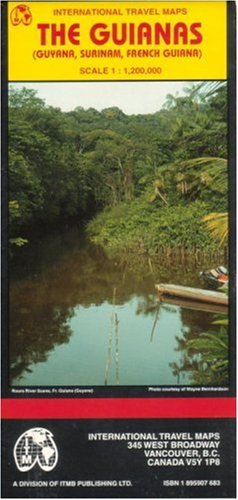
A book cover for The Guianas map (Guyana/ Surinam/French Guiana) (Travel Reference Map); International Travel maps; Travel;